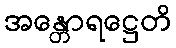
အန္တောရဋ္ဌေတိ